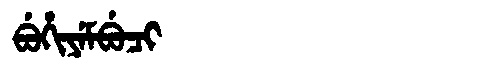
Manchu: ᠪᡠᡥᡳᠶᡝᠮᠪᡠᠴᡳ
Romanization: BUHIYEMBUCI